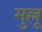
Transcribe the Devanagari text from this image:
मुल्लू